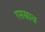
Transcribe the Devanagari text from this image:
रसस्राव